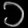
Digit: ၁